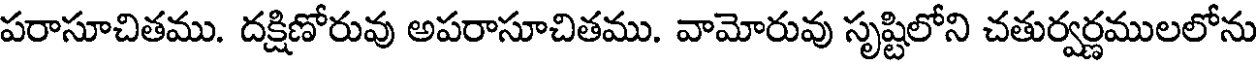
పరాసూచితము. దక్షిణోరువు అపరాసూచితము. వామోరువు సృష్టిలోని చతుర్వర్ణములలోను